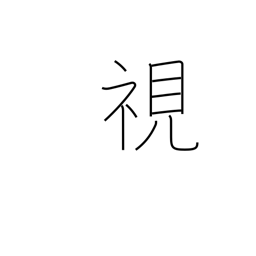
Meaning: see